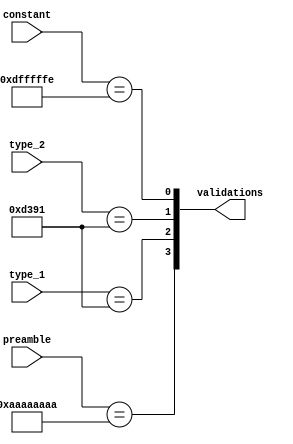
module data_validate(
  input wire [31:0] preamble,
  input wire [15:0] type_1,
  input wire [15:0] type_2,
  input wire [31:0] constant,

  output wire [3:0] validations
);
  localparam known_preamble = 32'hAAAAAAAA,
             known_type_12  = 16'hD391,
             known_constant = 32'h0DFFFFFE;

  wire preamble_valid = preamble == known_preamble;
  wire type_1_valid = type_1 == known_type_12;
  wire type_2_valid = type_2 == known_type_12;
  wire constant_valid = constant == known_constant;

  assign validations = { preamble_valid, type_1_valid, type_2_valid, constant_valid };
endmodule